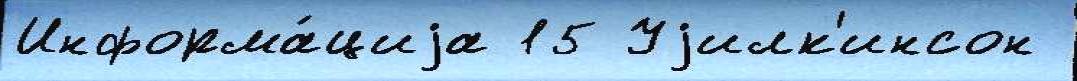
Информа́циjа 15 Уjилк'инсон